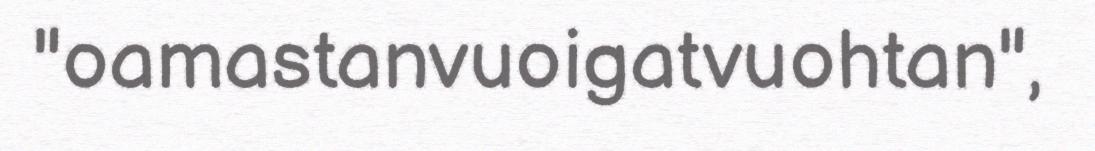
"oamastanvuoigatvuohtan",